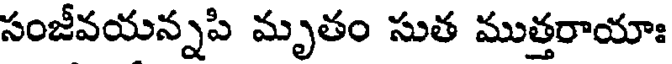
సంజీవయన్నపి మృతం సుత ముత్తరాయాః